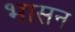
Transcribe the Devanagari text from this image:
भासन